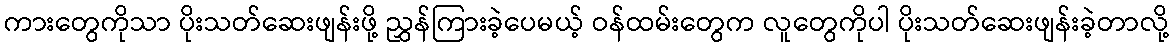
ကားတွေကိုသာ ပိုးသတ်ဆေးဖျန်းဖို့ ညွှန်ကြားခဲ့ပေမယ့် ဝန်ထမ်းတွေက လူတွေကိုပါ ပိုးသတ်ဆေးဖျန်းခဲ့တာလို့